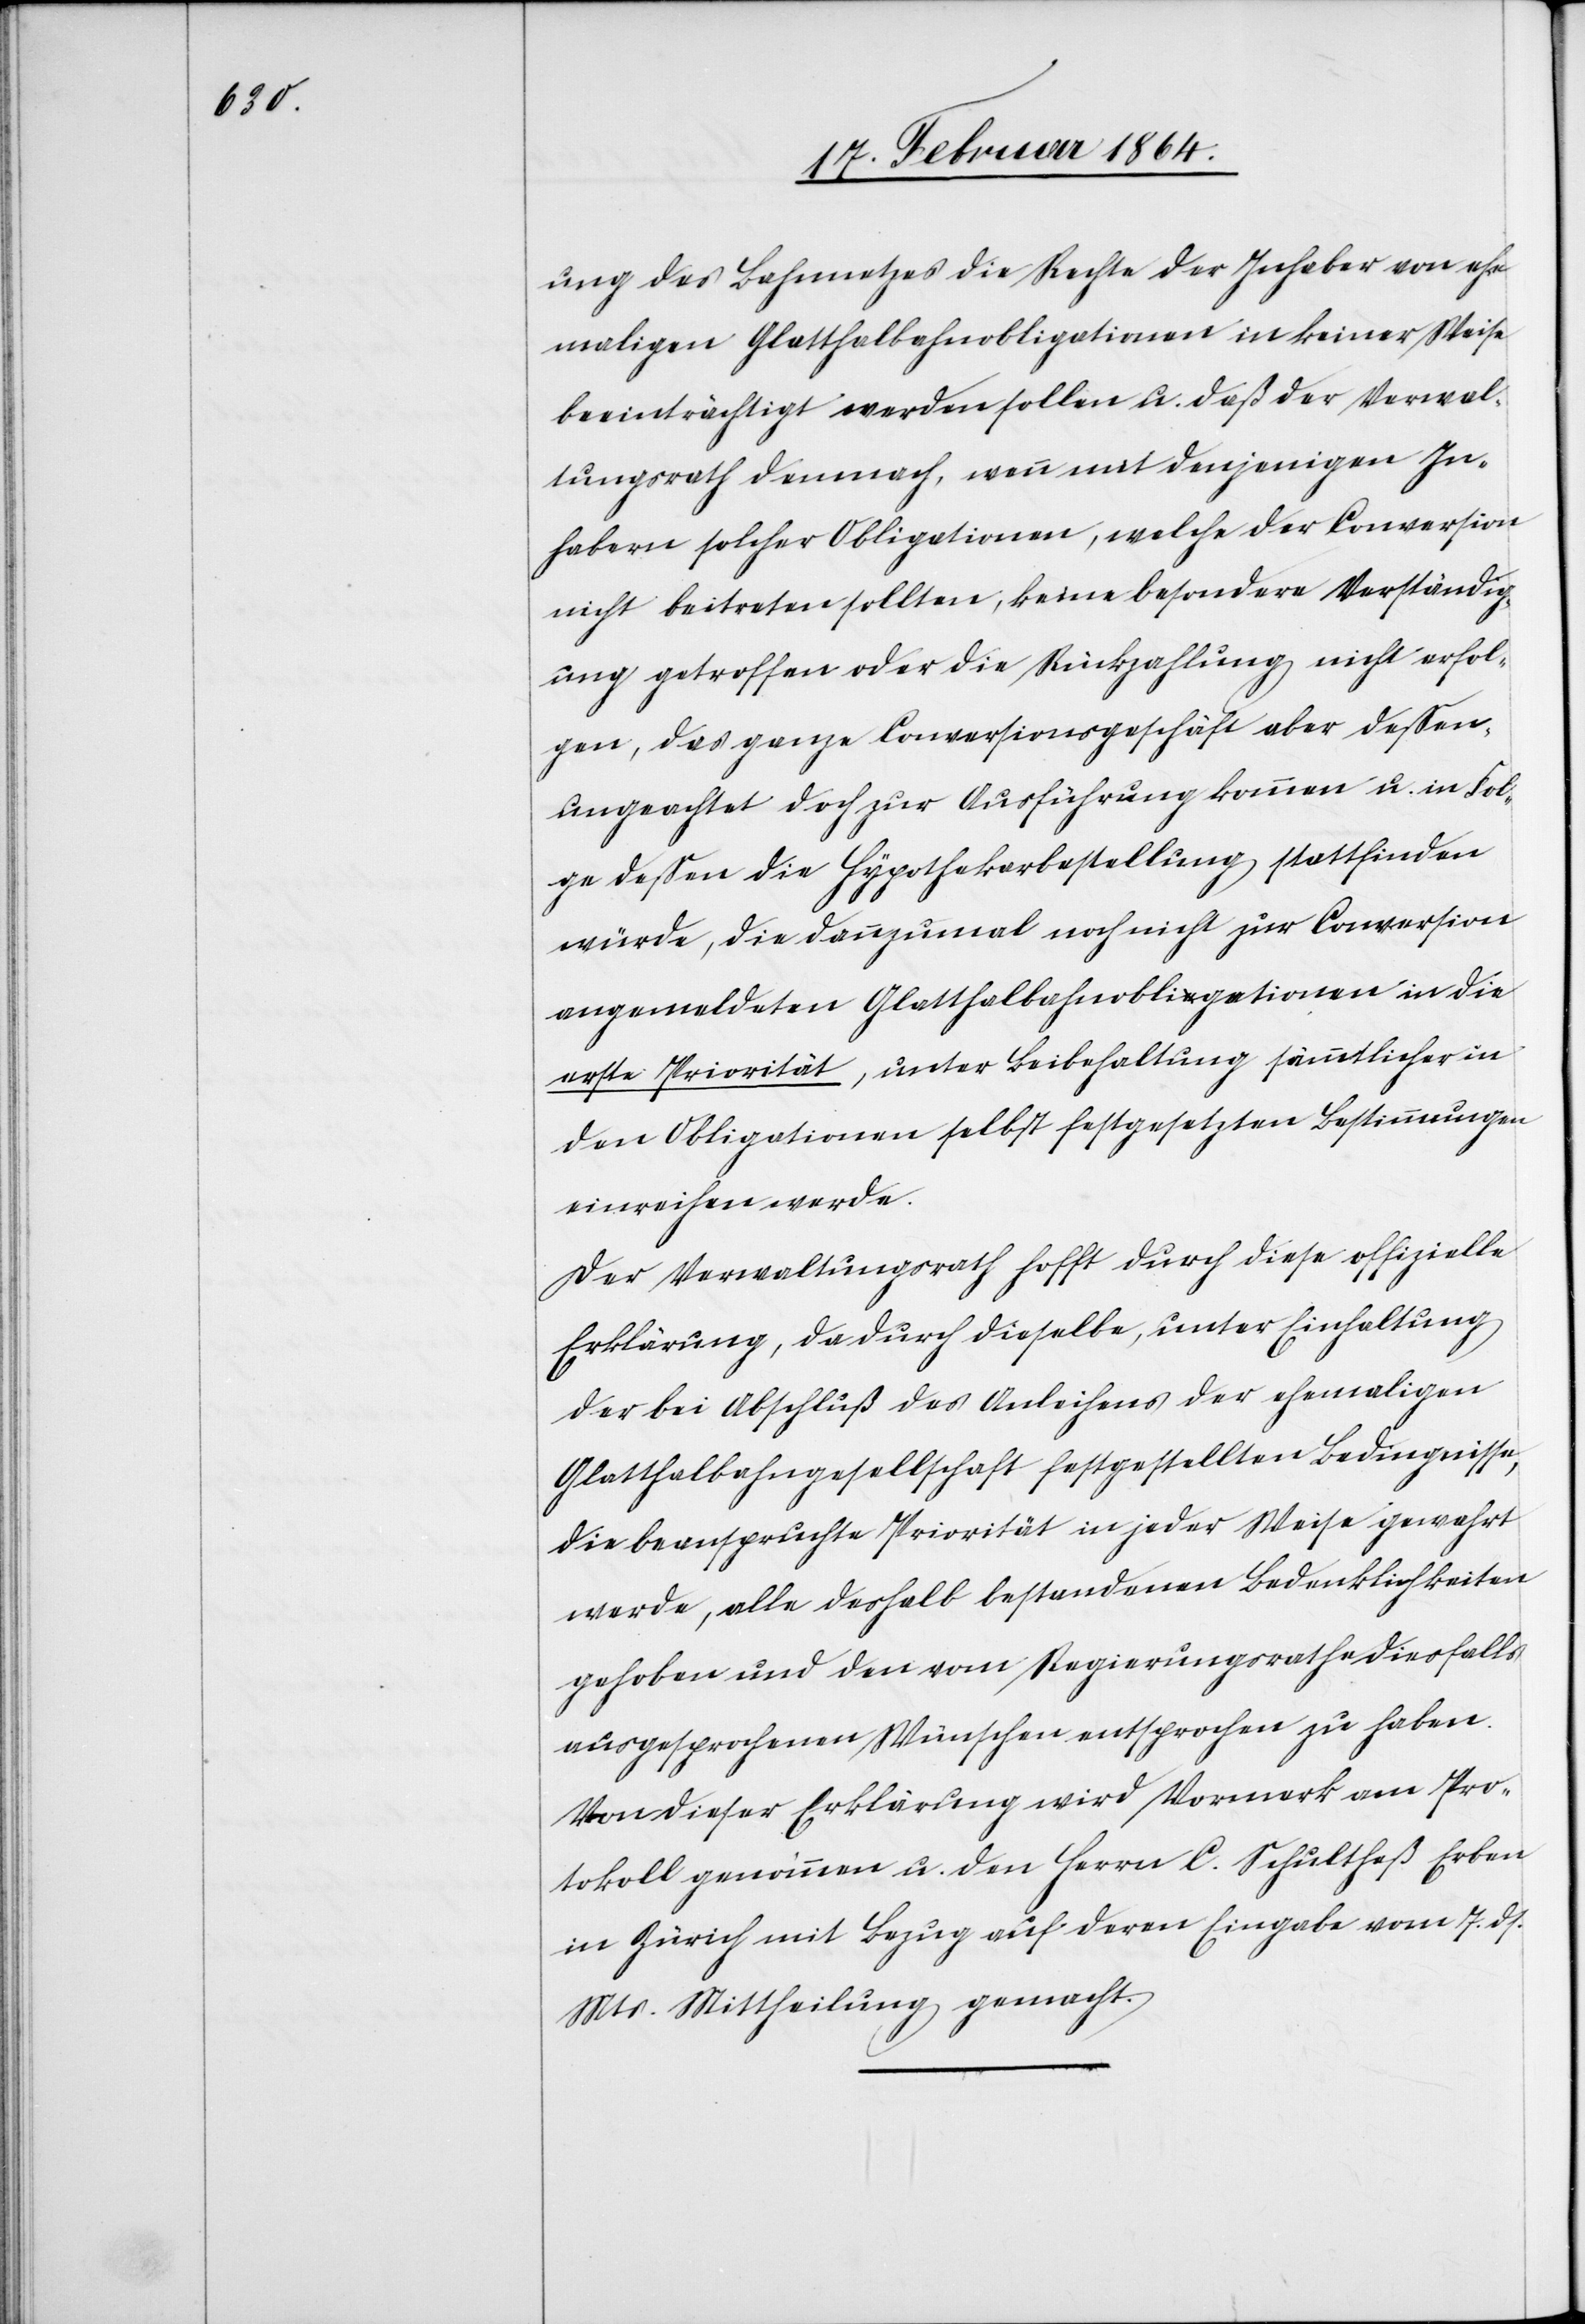
ung des Bahnnetzes die Rechte der Inhaber von ehe¬
maligen Glatthalbahnobligationen in keiner Weise
beeinträchtigt werden sollen u. daß der Verwal¬
tungsrath demnach, wenn mit denjenigen In¬
habern solcher Obligationen, welche der Conversion
nicht beitreten sollten, keine besondere Verständig¬
ung getroffen oder die Rückzahlung nicht erfol¬
gen, das ganze Conversionsgeschäft aber dessen¬
ungeachtet doch zur Ausführung kommen u. in Fol¬
ge dessen die Hypothekarbestellung stattfinden
würde, die dannzumal noch nicht zur Conversion
angemeldeten Glatthalbahnobligationen in die
erste Priorität, unter Beibehaltung sämmtlicher in
den Obligationen selbst festgesetzten Bestimmungen
einreihen werde.
Der Verwaltungsrath hofft durch diese offizielle
Erklärung, da durch dieselbe, unter Einhaltung
der bei Abschluß des Anleihens der ehemaligen
Glatthalbahngesellschaft festgestellten Bedingnisse,
die beanspruchte Priorität in jeder Weise gewahrt
werde, alle deshalb bestandenen Bedenklichkeiten
gehoben und den vom Regierungsrathe diesfalls
ausgesprochenen Wünschen entsprochen zu haben.
Von dieser Erklärung wird Vormerk am Pro¬
tokoll genommen u. den Herrn C. Schultheß Erben
in Zürich mit Bezug auf deren Eingabe vom 7. ds.
Mts. Mittheilung gemacht.